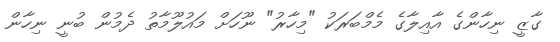
ގާޒީ ނިހާންގެ އާއިލާގެ މެމްބަރަކު "މިހާރު" ނޫހަށް މައުލޫމާތު ދެމުން ބުނީ ނިހާން